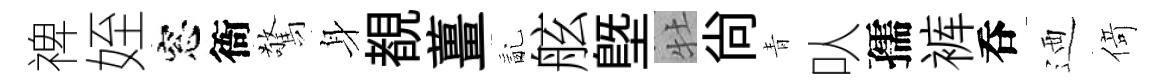
禆姪窓衙驚身覩薑亂舷塈牡尙青㕥孺裤呑迺𠋣